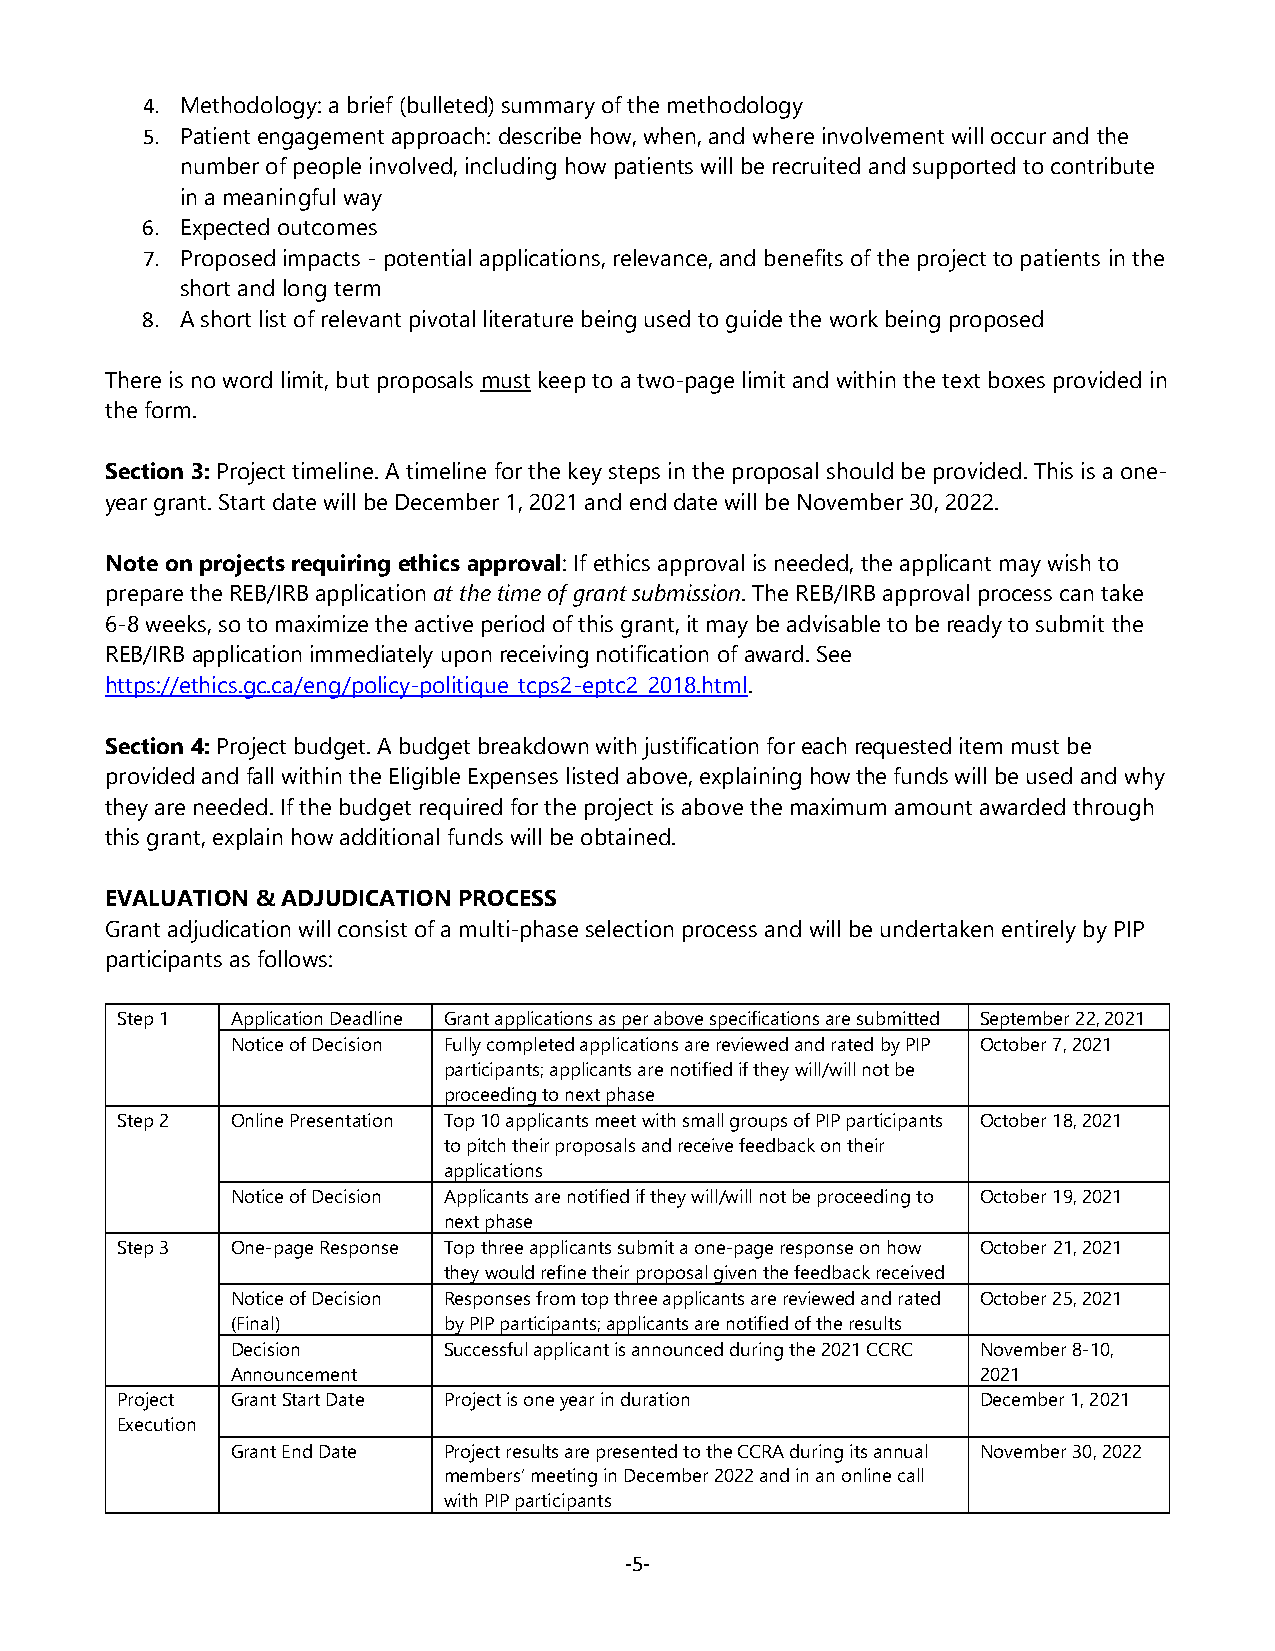
4. Methodology: a brief (bulleted) summary of the methodology
 5. Patient engagement approach: describe how, when, and where involvement will occur and the
 number of people involved, including how patients will be recruited and supported to contribute
 in a meaningful way
 6. Expected outcomes
 7. Proposed impacts - potential applications, relevance, and benefits of the project to patients in the
 short and long term
 8. A short list of relevant pivotal literature being used to guide the work being proposed
 There is no word limit, but proposals must keep to a two-page limit and within the text boxes provided in
 the form.
 Section 3: Project timeline. A timeline for the key steps in the proposal should be provided. This is a one-
 year grant. Start date will be December 1, 2021 and end date will be November 30, 2022.
 Note on projects requiring ethics approval: If ethics approval is needed, the applicant may wish to
 prepare the REB/IRB application at the time of grant submission. The REB/IRB approval process can take
 6-8 weeks, so to maximize the active period of this grant, it may be advisable to be ready to submit the
 REB/IRB application immediately upon receiving notification of award. See
 https://ethics.gc.ca/eng/policy-politique_tcps2-eptc2_2018.html.
 Section 4: Project budget. A budget breakdown with justification for each requested item must be
 provided and fall within the Eligible Expenses listed above, explaining how the funds will be used and why
 they are needed. If the budget required for the project is above the maximum amount awarded through
 this grant, explain how additional funds will be obtained.
 EVALUATION & ADJUDICATION PROCESS
 Grant adjudication will consist of a multi-phase selection process and will be undertaken entirely by PIP
 participants as follows:
 Step 1 Application Deadline Grant applications as per above specifications are submitted September 22, 2021
 Notice of Decision Fully completed applications are reviewed and rated by PIP October 7, 2021
 participants; applicants are notified if they will/will not be
 proceeding to next phase
 Step 2 Online Presentation Top 10 applicants meet with small groups of PIP participants October 18, 2021
 to pitch their proposals and receive feedback on their
 applications
 Notice of Decision Applicants are notified if they will/will not be proceeding to October 19, 2021
 next phase
 Step 3 One-page Response Top three applicants submit a one-page response on how October 21, 2021
 they would refine their proposal given the feedback received
 Notice of Decision Responses from top three applicants are reviewed and rated October 25, 2021
 (Final)       by PIP participants; applicants are notified of the results
 Decision      Successful applicant is announced during the 2021 CCRC November 8-10,
 Announcement                                      2021
 Project Grant Start Date Project is one year in duration December 1, 2021
 Execution
 Grant End Date Project results are presented to the CCRA during its annual November 30, 2022
 members’ meeting in December 2022 and in an online call
 with PIP participants
 ‐5‐